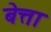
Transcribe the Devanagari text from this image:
बेत्ता